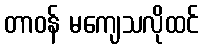
တာဝန် မကျေသလိုထင်